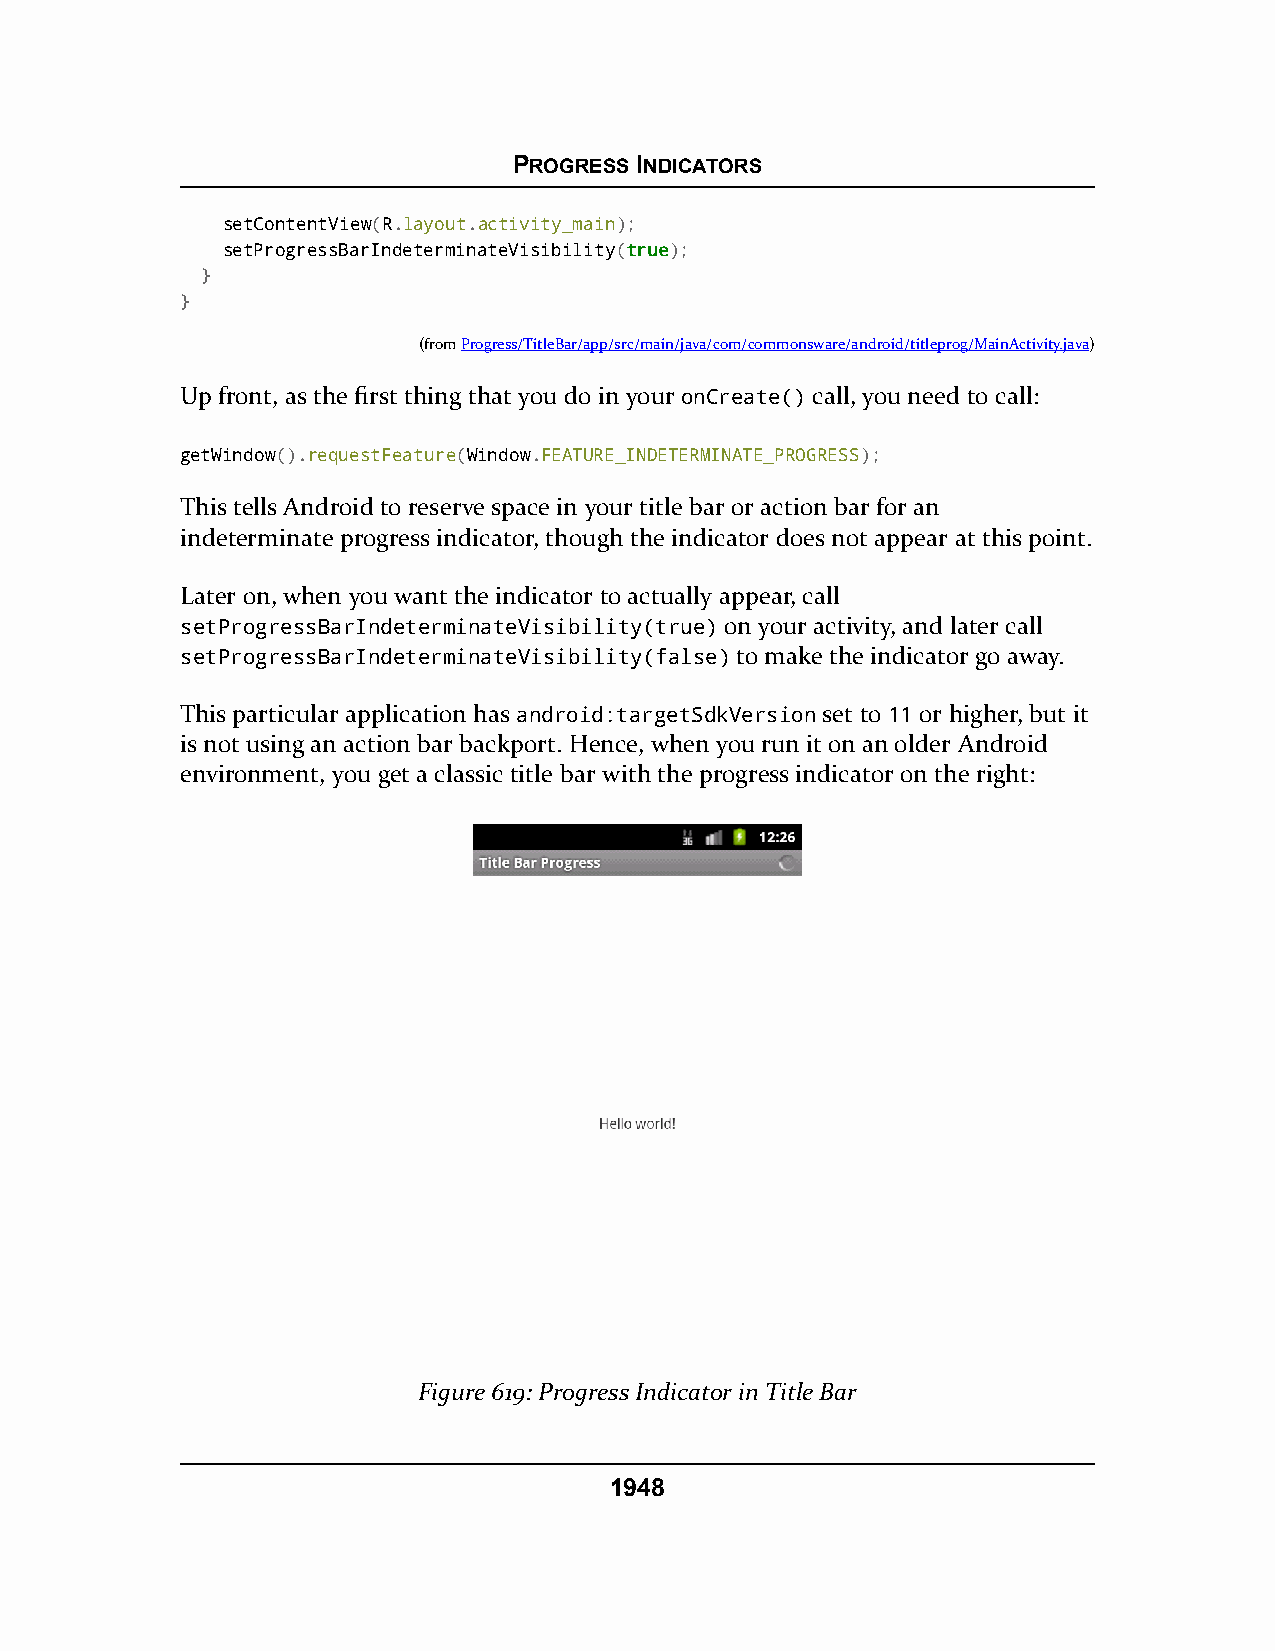
PROGRESS INDICATORS
 setContentView(R.layout.activity_main);
 setProgressBarIndeterminateVisibility(ttrruuee);
 }
 }
 (fromProgress/TitleBar/app/src/main/java/com/commonsware/android/titleprog/MainActivity.java)
 Up front, as the first thing that you do in your onCreate() call, you need to call:
 getWindow().requestFeature(Window.FEATURE_INDETERMINATE_PROGRESS);
 This tells Android to reserve space in your title bar or action bar for an
 indeterminate progress indicator, though the indicator does not appear at this point.
 Later on, when you want the indicator to actually appear, call
 setProgressBarIndeterminateVisibility(true) on your activity, and later call
 setProgressBarIndeterminateVisibility(false) to make the indicator go away.
 This particular application has android:targetSdkVersion set to 11 or higher, but it
 is not using an action bar backport. Hence, when you run it on an older Android
 environment, you get a classic title bar with the progress indicator on the right:
 Figure 619: Progress Indicator in Title Bar
 1948